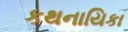
કથનાયિકા